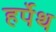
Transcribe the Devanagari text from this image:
हर्पेथ